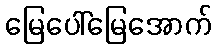
မြေပေါ်မြေအောက်